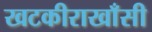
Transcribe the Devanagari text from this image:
खटकीराखाँसी